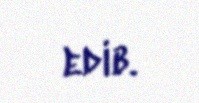
edib.